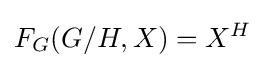
F_{G}(G/H,X)=X^{H}